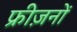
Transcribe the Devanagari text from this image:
फ्रीज़नों